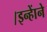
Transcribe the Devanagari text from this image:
।इन्हाेंने